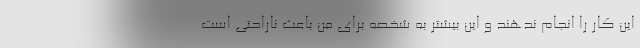
این کار را انجام ندهند و این بیشتر به شخصه برای من باعث ناراحتی است